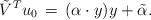
LaTeX: \begin{align*}\tilde{V}^T u_0 \,&=\, ({\alpha}\cdot y)y + \tilde{\alpha}.\end{align*}